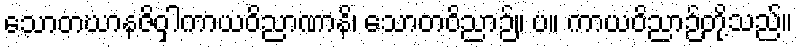
သောတဃာနဇိဝှါကာယဝိညာဏာနိ၊ သောတဝိညာဉ်။ ပ။ ကာယဝိညာဉ်တို့သည်။